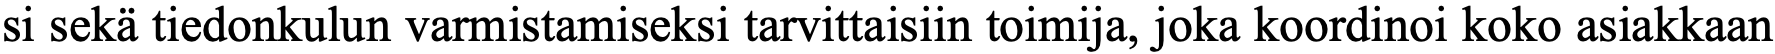
si sekä tiedonkulun varmistamiseksi tarvittaisiin toimija, joka koordinoi koko asiakkaan